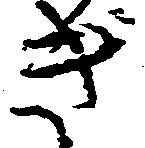
き